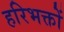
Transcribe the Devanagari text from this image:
हरिभक्तों